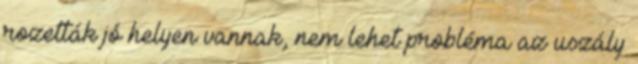
rozetták jó helyen vannak, nem lehet probléma az uszály